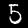
Digit: 5